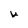
Character: U